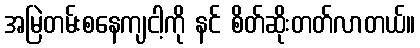
အမြဲတမ်းစနေကျငါ့ကို နင် စိတ်ဆိုးတတ်လာတယ်။